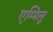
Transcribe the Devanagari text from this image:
एम्मिलू